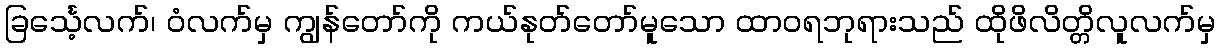
ခြင်္သေ့လက်၊ ဝံလက်မှ ကျွန်တော်ကို ကယ်နုတ်တော်မူသော ထာဝရဘုရားသည် ထိုဖိလိတ္တိလူလက်မှ